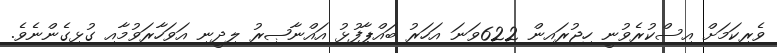
ވެރިކަމަށް އިސްކުރެވުނީ ހިޖުރައިން 622ވަނަ އަހަރު ބައްޕާފުޅު އައްނާޞިރު ލިދީނި އަވަހާރަވުމާއި ގުޅިގެންނެވެ.